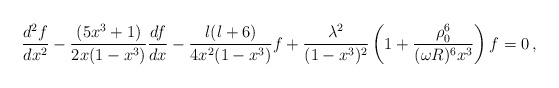
\begin{align*}\frac{d^2 f}{d x^2} - \frac{(5 x^3+1)}{2 x (1-x^3)} \frac{d f}{d x} - \frac{l(l+6)}{4 x^2 (1-x^3)} f +\frac{\lambda^2}{(1-x^3)^2}\left( 1 + \frac{\rho_0^6}{(\omega R)^6 x^3}\right) f =0\,,\end{align*}